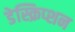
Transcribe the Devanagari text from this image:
डेस्क्रिप्शन